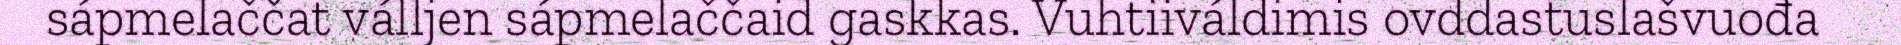
sápmelaččat válljen sápmelaččaid gaskkas. Vuhtiiváldimis ovddastuslašvuođa